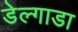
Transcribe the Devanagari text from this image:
डेल्गाडा